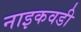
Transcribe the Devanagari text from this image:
नाइकवडी